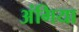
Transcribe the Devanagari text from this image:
अंगिया